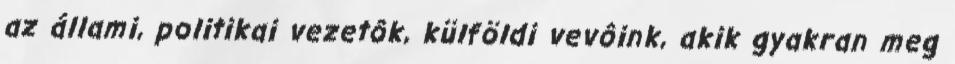
az állami, politikai vezetôk, külföldi vevôink, akik gyakran meg